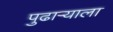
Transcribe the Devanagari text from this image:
पुढाऱ्याला